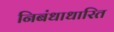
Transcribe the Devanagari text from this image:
निबंधाधारित